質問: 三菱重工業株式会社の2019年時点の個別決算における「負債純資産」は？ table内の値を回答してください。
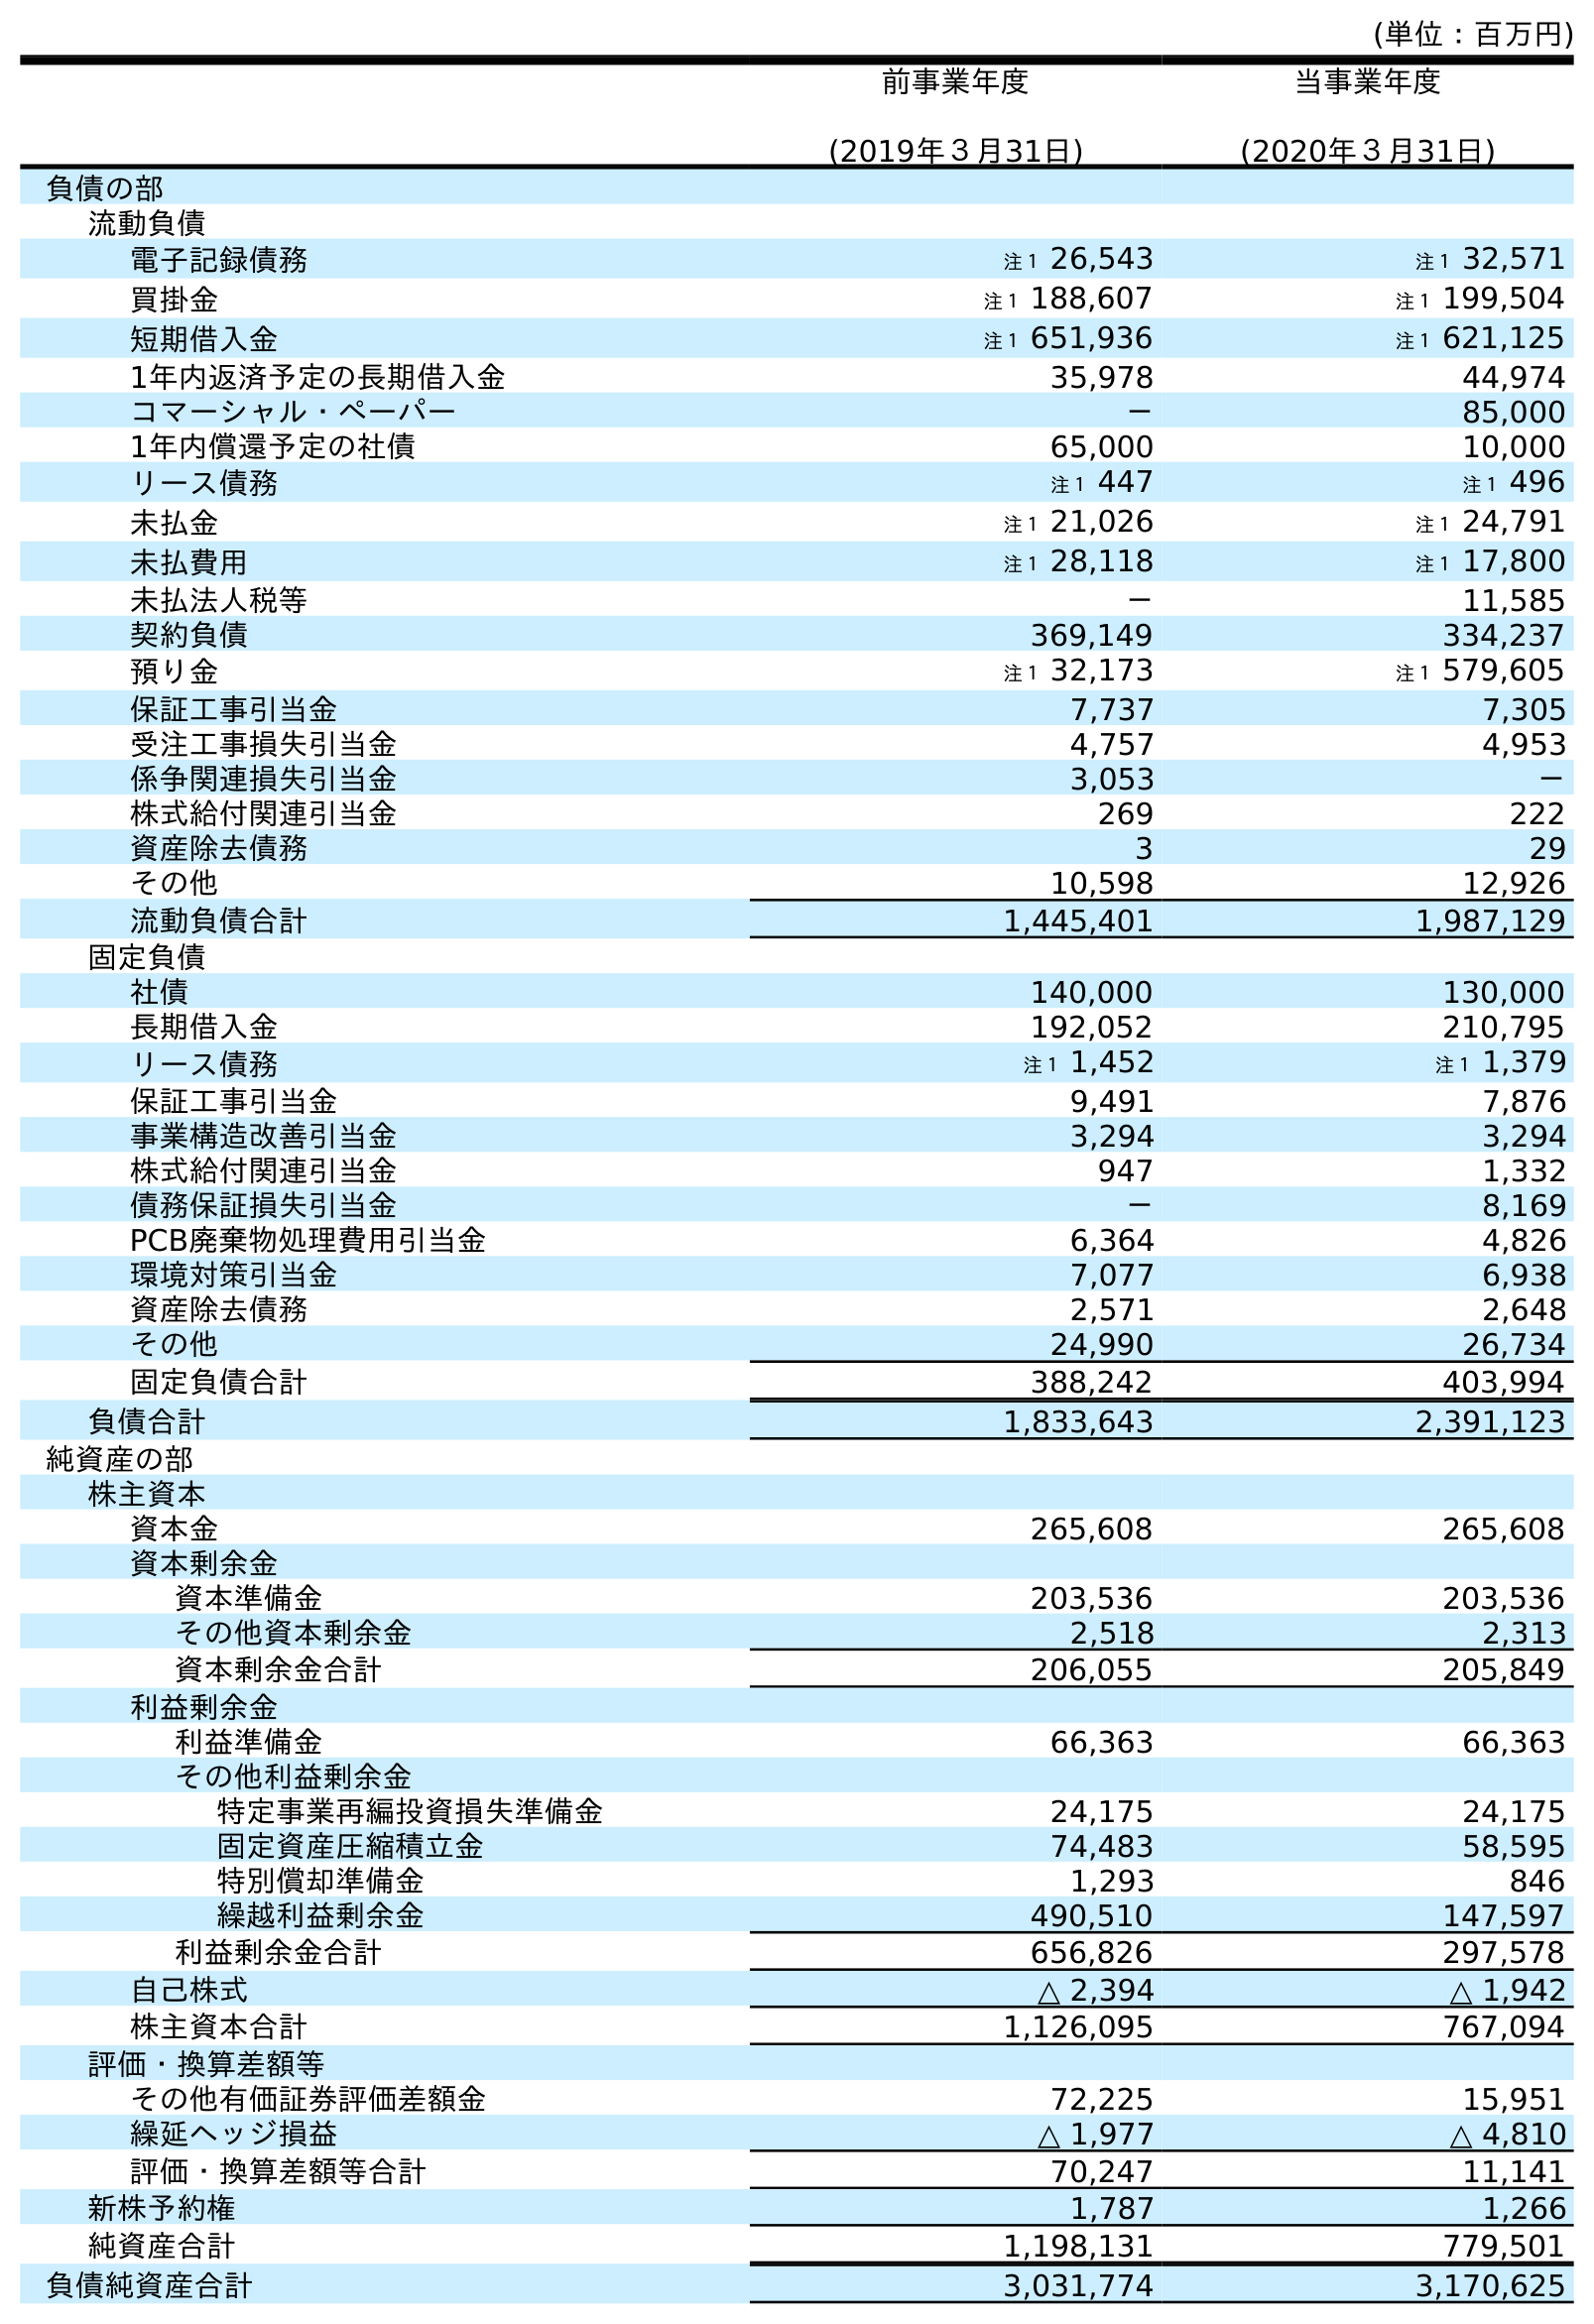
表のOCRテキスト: (単位：百万円) 前事業年度 (2019年３月31日) 当事業年度 (2020年３月31日) 負債の部 流動負債 電子記録債務 注１ 26,543 注１ 32,571 買掛金 注１ 188,607 注１ 199,504 短期借入金 注１ 651,936 注１ 621,125 1年内返済予定の長期借入金 35,978 44,974 コマーシャル・ペーパー － 85,000 1年内償還予定の社債 65,000 10,000 リース債務 注１ 447 注１ 496 未払金 注１ 21,026 注１ 24,791 未払費用 注１ 28,118 注１ 17,800 未払法人税等 － 11,585 契約負債 369,149 334,237 預り金 注１ 32,173 注１ 579,605 保証工事引当金 7,737 7,305 受注工事損失引当金 4,757 4,953 係争関連損失引当金 3,053 － 株式給付関連引当金 269 222 資産除去債務 3 29 その他 10,598 12,926 流動負債合計 1,445,401 1,987,129 固定負債 社債 140,000 130,000 長期借入金 192,052 210,795 リース債務 注１ 1,452 注１ 1,379 保証工事引当金 9,491 7,876 事業構造改善引当金 3,294 3,294 株式給付関連引当金 947 1,332 債務保証損失引当金 － 8,169 PCB廃棄物処理費用引当金 6,364 4,826 環境対策引当金 7,077 6,938 資産除去債務 2,571 2,648 その他 24,990 26,734 固定負債合計 388,242 403,994 負債合計 1,833,643 2,391,123 純資産の部 株主資本 資本金 265,608 265,608 資本剰余金 資本準備金 203,536 203,536 その他資本剰余金 2,518 2,313 資本剰余金合計 206,055 205,849 利益剰余金 利益準備金 66,363 66,363 その他利益剰余金 特定事業再編投資損失準備金 24,175 24,175 固定資産圧縮積立金 74,483 58,595 特別償却準備金 1,293 846 繰越利益剰余金 490,510 147,597 利益剰余金合計 656,826 297,578 自己株式 △ 2,394 △ 1,942 株主資本合計 1,126,095 767,094 評価・換算差額等 その他有価証券評価差額金 72,225 15,951 繰延ヘッジ損益 △ 1,977 △ 4,810 評価・換算差額等合計 70,247 11,141 新株予約権 1,787 1,266 純資産合計 1,198,131 779,501 負債純資産合計 3,031,774 3,170,625
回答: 3,031,774